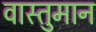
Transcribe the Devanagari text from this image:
वास्तुमान